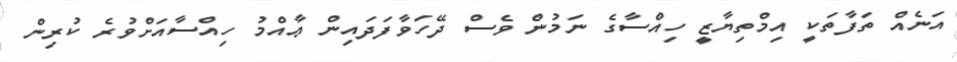
އަނެއް ތަފާތަކީ އިމްތިޔާޒީ ހިއްސާގެ ނަމުން ވެސް ދޭހަވާފަދައިން ޢާއްމު ހިއްސާއަށްވުރެ ކުރިން